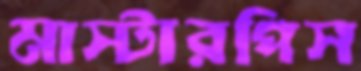
মাস্টারপিস